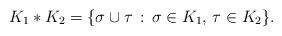
LaTeX: \begin{align*}K_1 \ast K_2 = \{\sigma\cup\tau \,:\, \sigma\in K_1,\, \tau\in K_2\}. \end{align*}